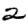
Digit: 2